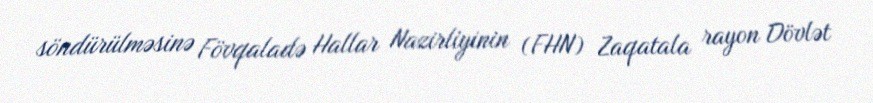
söndürülməsinə Fövqaladə Hallar Nazirliyinin (FHN) Zaqatala rayon Dövlət